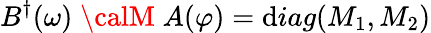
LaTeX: B^{\dagger}(\omega)\; {\calM}\; A(\varphi)=\mathrm{d}iag(M_{1},M_{2})